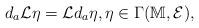
LaTeX: \begin{align*}d_a \mathcal{L} \eta =\mathcal{L} d_a \eta,\eta \in \Gamma ( \mathbb{M},\mathcal{E} ),\end{align*}